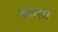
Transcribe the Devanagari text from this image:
बडय़ा